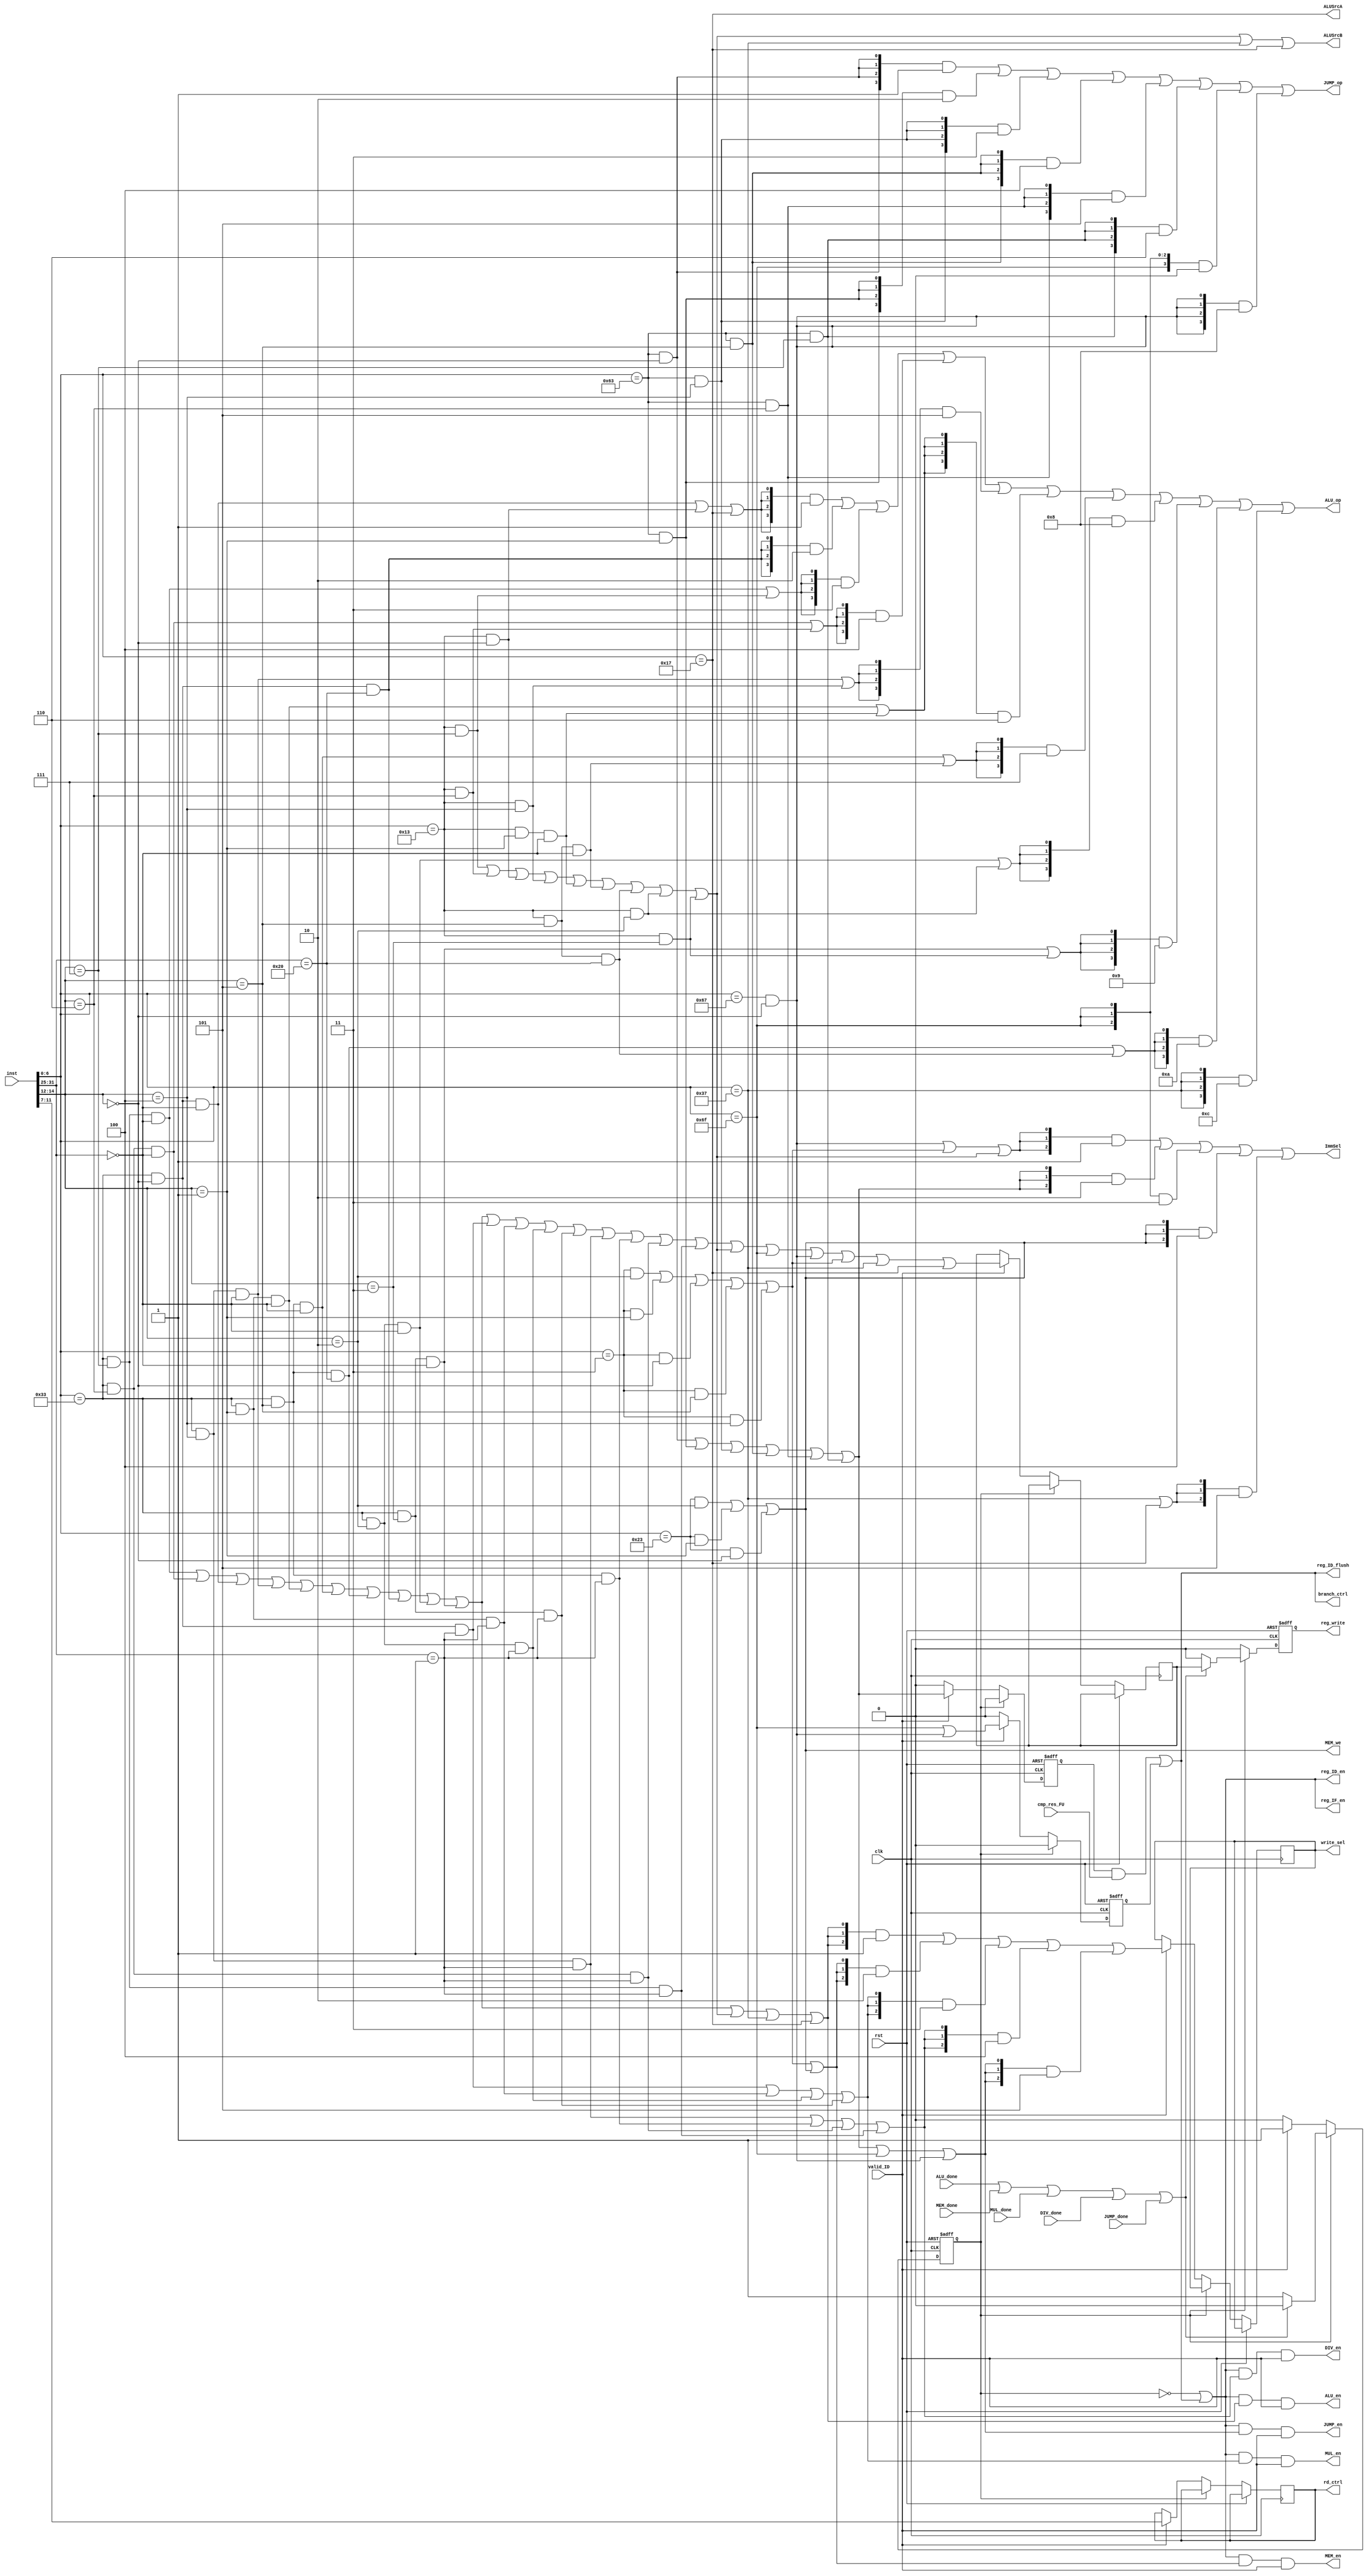
`timescale 1ns / 1ps

module CtrlUnit(
    input clk,
    input rst,

    input[31:0] inst,
    input valid_ID,
    
    input ALU_done,
    input MEM_done,
    input MUL_done,
    input DIV_done,
    input JUMP_done,
    input cmp_res_FU,

    // IF
    output reg_IF_en, branch_ctrl,

    // ID
    output reg_ID_en, reg_ID_flush,
    output[2:0] ImmSel,
    output ALU_en, MEM_en, MUL_en, DIV_en, JUMP_en,
    
    // FU
    output[3:0] JUMP_op,
    output[3:0] ALU_op,
    output ALUSrcA,
    output ALUSrcB,
    output MEM_we,
    
    // WB
    output reg[2:0] write_sel,
    output reg[4:0] rd_ctrl,
    output reg reg_write
);
        // instruction field
    wire[6:0] funct7 = inst[31:25];
    wire[2:0] funct3 = inst[14:12];
    wire[6:0] opcode = inst[6:0];
    wire[4:0] rd = inst[11:7];
    wire[4:0] rs1 = inst[19:15];
    wire[4:0] rs2 = inst[24:20];

    // type specification
    wire Rop = opcode == 7'b0110011;
    wire Iop = opcode == 7'b0010011;
    wire Bop = opcode == 7'b1100011;
    wire Lop = opcode == 7'b0000011;
    wire Sop = opcode == 7'b0100011;

    wire funct7_0  = funct7 == 7'h0;
    wire funct7_1  = funct7 == 7'h1;
    wire funct7_32 = funct7 == 7'h20;

    wire funct3_0 = funct3 == 3'h0;
    wire funct3_1 = funct3 == 3'h1;
    wire funct3_2 = funct3 == 3'h2;
    wire funct3_3 = funct3 == 3'h3;
    wire funct3_4 = funct3 == 3'h4;
    wire funct3_5 = funct3 == 3'h5;
    wire funct3_6 = funct3 == 3'h6;
    wire funct3_7 = funct3 == 3'h7;

    wire ADD  = Rop & funct3_0 & funct7_0;
    wire SUB  = Rop & funct3_0 & funct7_32;
    wire SLL  = Rop & funct3_1 & funct7_0;
    wire SLT  = Rop & funct3_2 & funct7_0;
    wire SLTU = Rop & funct3_3 & funct7_0;
    wire XOR  = Rop & funct3_4 & funct7_0;
    wire SRL  = Rop & funct3_5 & funct7_0;
    wire SRA  = Rop & funct3_5 & funct7_32;
    wire OR   = Rop & funct3_6 & funct7_0;
    wire AND  = Rop & funct3_7 & funct7_0;

    wire MUL    = Rop & funct3_0 & funct7_1;
    wire MULH   = Rop & funct3_1 & funct7_1;
    wire MULHSU = Rop & funct3_2 & funct7_1;
    wire MULHU  = Rop & funct3_3 & funct7_1;
    wire DIV    = Rop & funct3_4 & funct7_1;
    wire DIVU   = Rop & funct3_5 & funct7_1;
    wire REM    = Rop & funct3_6 & funct7_1;
    wire REMU    = Rop & funct3_7 & funct7_1;

    wire ADDI  = Iop & funct3_0;	
    wire SLTI  = Iop & funct3_2;
    wire SLTIU = Iop & funct3_3;
    wire XORI  = Iop & funct3_4;
    wire ORI   = Iop & funct3_6;
    wire ANDI  = Iop & funct3_7;
    wire SLLI  = Iop & funct3_1 & funct7_0;
    wire SRLI  = Iop & funct3_5 & funct7_0;
    wire SRAI  = Iop & funct3_5 & funct7_32;

    wire BEQ = Bop & funct3_0;
    wire BNE = Bop & funct3_1;
    wire BLT = Bop & funct3_4;
    wire BGE = Bop & funct3_5;
    wire BLTU = Bop & funct3_6;
    wire BGEU = Bop & funct3_7;

    wire LB =  Lop & funct3_0;
    wire LH =  Lop & funct3_1;
    wire LW =  Lop & funct3_2;
    wire LBU = Lop & funct3_4;
    wire LHU = Lop & funct3_5;

    wire SB = Sop & funct3_0;
    wire SH = Sop & funct3_1;
    wire SW = Sop & funct3_2;

    wire LUI   = opcode == 7'b0110111;
    wire AUIPC = opcode == 7'b0010111;

    wire JAL  =  opcode == 7'b1101111;
    wire JALR = (opcode == 7'b1100111) && funct3_0;

    wire R_valid = AND | OR | ADD | XOR | SLL | SRL | SRA | SUB | SLT | SLTU 
        | MUL | MULH | MULHSU | MULHU | DIV | DIVU | REM | REMU;
    wire I_valid = ANDI | ORI | ADDI | XORI | SLLI | SRLI | SRAI | SLTI | SLTIU;
    wire B_valid = BEQ | BNE | BLT | BGE | BLTU | BGEU;
    wire L_valid = LW | LH | LB | LHU | LBU;
    wire S_valid = SW | SH | SB;

    wire use_ALU = AND | OR | ADD | XOR | SLL | SRL | SRA | SUB | SLT | SLTU
        | I_valid | LUI | AUIPC;
    wire use_MEM = L_valid | S_valid;
    wire use_MUL = MUL | MULH | MULHSU | MULHU;
    wire use_DIV = DIV | DIVU | REM | REMU;
    wire use_JUMP = B_valid | JAL | JALR;

    wire[2:0] use_FU =  {3{use_ALU}}  & 3'd1 |
                        {3{use_MEM}}  & 3'd2 |
                        {3{use_MUL}}  & 3'd3 |
                        {3{use_DIV}}  & 3'd4 |
                        {3{use_JUMP}} & 3'd5 ;

    reg FU_in_use, to_writeback, B_in_FU, J_in_FU;
    initial begin
        FU_in_use = 0;
        to_writeback = 0;
        B_in_FU = 0;
        J_in_FU = 0;
        write_sel = 0;
        rd_ctrl = 0;
        reg_write = 0;
    end

    always @(posedge clk or posedge rst) begin
        if(rst) begin
            FU_in_use <= 0;
            reg_write <= 0;
            B_in_FU <= 0;
            J_in_FU <= 0;
        end
        else if(~FU_in_use) begin
            reg_write <= 0;
            if(valid_ID) begin
                FU_in_use <= 1;
                rd_ctrl <= inst[11:7];
                write_sel <= use_FU;
                to_writeback <= R_valid | I_valid | JAL | JALR | L_valid | LUI | AUIPC;
                B_in_FU <= B_valid;
                J_in_FU <= JAL | JALR;
            end
            else begin
                B_in_FU <= 0;
                J_in_FU <= 0;
            end
        end
        else if(ALU_done | MEM_done | MUL_done | DIV_done | JUMP_done) begin
            FU_in_use <= 0;
            reg_write <= to_writeback;
            B_in_FU <= 0;
            J_in_FU <= 0;
        end
        else begin
            reg_write <= 0;
            B_in_FU <= 0;
            J_in_FU <= 0;
        end
    end


    assign reg_IF_en = ~FU_in_use | branch_ctrl;

    assign reg_ID_en = reg_IF_en;

    assign branch_ctrl = (B_in_FU & cmp_res_FU) |  J_in_FU;

    assign reg_ID_flush = branch_ctrl;

    localparam Imm_type_I = 3'b001;
    localparam Imm_type_B = 3'b010;
    localparam Imm_type_J = 3'b011;
    localparam Imm_type_S = 3'b100;
    localparam Imm_type_U = 3'b101;
    assign ImmSel = {3{JALR | L_valid | I_valid}} & Imm_type_I |
                    {3{B_valid}}                  & Imm_type_B |
                    {3{JAL}}                      & Imm_type_J |
                    {3{S_valid}}                  & Imm_type_S |
                    {3{LUI | AUIPC}}              & Imm_type_U ;
    
    assign ALU_en = reg_IF_en & use_ALU & valid_ID;
    assign MEM_en = reg_IF_en & use_MEM & valid_ID;
    assign MUL_en = reg_IF_en & use_MUL & valid_ID;
    assign DIV_en = reg_IF_en & use_DIV & valid_ID;
    assign JUMP_en = reg_IF_en & use_JUMP & valid_ID;

    localparam JUMP_BEQ  = 4'b0_001;
    localparam JUMP_BNE  = 4'b0_010;
    localparam JUMP_BLT  = 4'b0_011;
    localparam JUMP_BGE  = 4'b0_100;
    localparam JUMP_BLTU = 4'b0_101;
    localparam JUMP_BGEU = 4'b0_110;
    localparam JUMP_JAL  = 4'b0_000;
    localparam JUMP_JALR = 4'b1_000;
    assign JUMP_op ={4{BEQ}}  & JUMP_BEQ  |
                    {4{BNE}}  & JUMP_BNE  |
                    {4{BLT}}  & JUMP_BLT  |
                    {4{BGE}}  & JUMP_BGE  |
                    {4{BLTU}} & JUMP_BLTU |
                    {4{BGEU}} & JUMP_BGEU |
                    {4{JAL}}  & JUMP_JAL  |
                    {4{JALR}} & JUMP_JALR ;
    
    localparam ALU_ADD  = 4'b0001;
    localparam ALU_SUB  = 4'b0010;
    localparam ALU_AND  = 4'b0011;
    localparam ALU_OR   = 4'b0100;
    localparam ALU_XOR  = 4'b0101;
    localparam ALU_SLL  = 4'b0110;
    localparam ALU_SRL  = 4'b0111;
    localparam ALU_SLT  = 4'b1000;
    localparam ALU_SLTU = 4'b1001;
    localparam ALU_SRA  = 4'b1010;
    localparam ALU_Ap4  = 4'b1011;
    localparam ALU_Bout = 4'b1100;
    assign ALU_op = {4{ADD | ADDI | AUIPC}} & ALU_ADD  |
                    {4{SUB}}                & ALU_SUB  |
                    {4{AND | ANDI}}         & ALU_AND  |
                    {4{OR | ORI}}           & ALU_OR   |
                    {4{XOR | XORI}}         & ALU_XOR  |
                    {4{SLL | SLLI}}         & ALU_SLL  |
                    {4{SRL | SRLI}}         & ALU_SRL  |
                    {4{SLT | SLTI}}         & ALU_SLT  |
                    {4{SLTU | SLTIU}}       & ALU_SLTU |
                    {4{SRA | SRAI}}         & ALU_SRA  |
                    {4{LUI}}                & ALU_Bout ;

    assign ALUSrcA = AUIPC;

    assign ALUSrcB = I_valid | LUI | AUIPC;

    assign MEM_we = S_valid;
endmodule